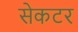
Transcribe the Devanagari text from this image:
सेकटर